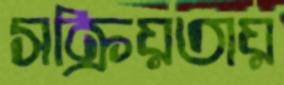
সক্রিয়তায়